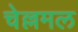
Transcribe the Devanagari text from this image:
चेल्लमल